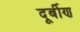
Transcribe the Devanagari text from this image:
दूर्बीण